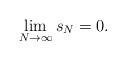
LaTeX: \begin{align*}\lim_{N \rightarrow \infty} s_N = 0.\end{align*}